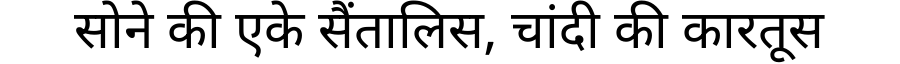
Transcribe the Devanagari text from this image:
सोने की एके सैंतालिस, चांदी की कारतूस